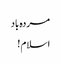
مردہ باد
اسلام !